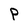
Character: P